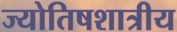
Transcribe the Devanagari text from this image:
ज्योतिषशात्रीय